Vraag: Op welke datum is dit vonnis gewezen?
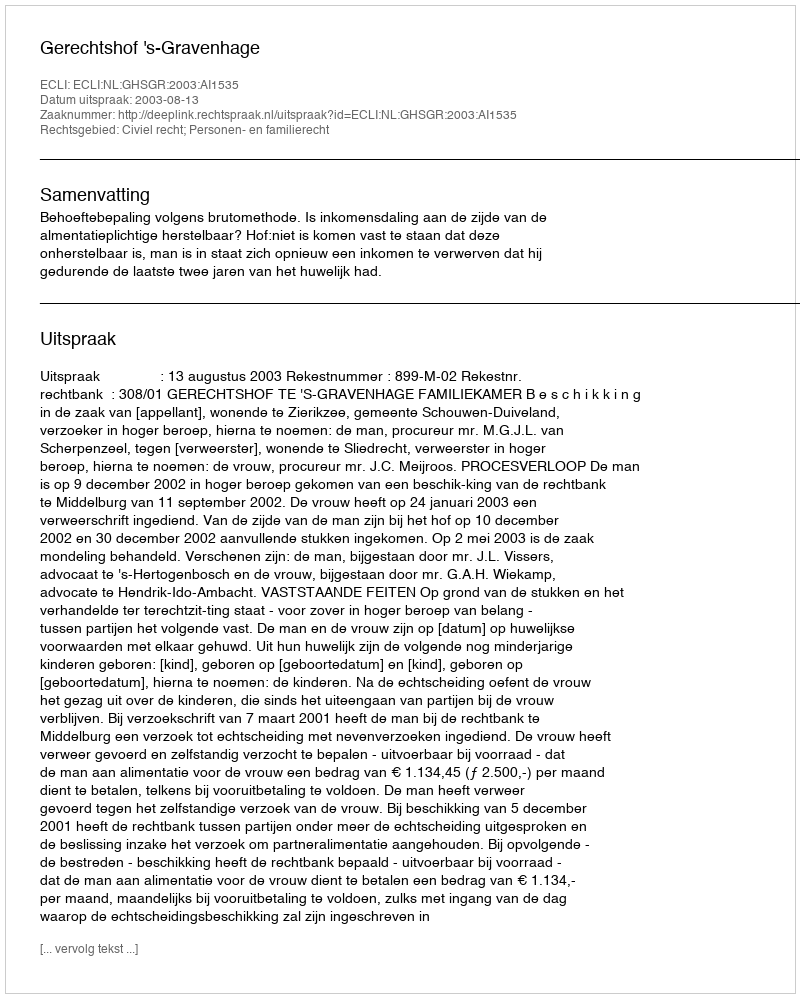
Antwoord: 2003-08-13